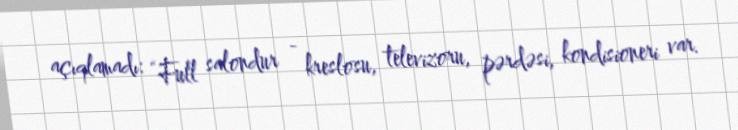
açıqlamadı: “Full salondur - kreslosu, televizoru, pərdəsi, kondisioneri var.